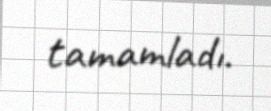
tamamladı.